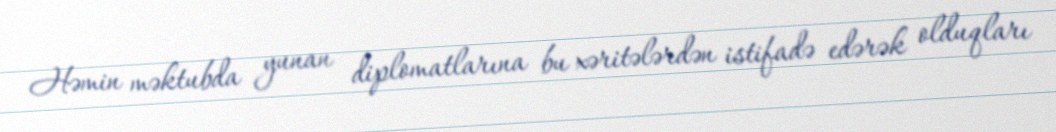
Həmin məktubda yunan diplomatlarına bu xəritələrdən istifadə edərək olduqları